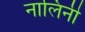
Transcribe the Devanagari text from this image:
नालिनी